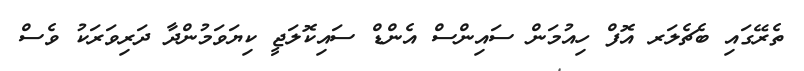
ތެރޭގައި ބެޗެލަރ އޮފް ހިއުމަން ސައިންސް އެންޑް ސައިކޮލަޖީ ކިޔަވަމުންދާ ދަރިވަރަކު ވެސް